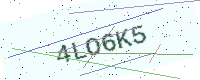
Text: 4LO6K5